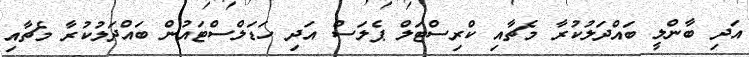
އަދި ބާންލީ ބައްދަލުކުރާ މެޗާއި ކްރިސްޓަލް ޕެލަސް އަދި ހަޑަލްސްޓައުން ބައްދަލުކުރާ މެޗާއި